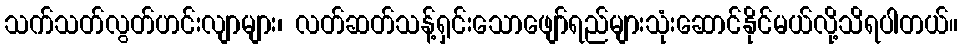
သက်သတ်လွတ်ဟင်းလျာများ၊ လတ်ဆတ်သန့်ရှင်းသောဖျော်ရည်များသုံးဆောင်နိုင်မယ်လို့သိရပါတယ်။